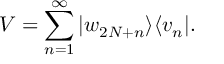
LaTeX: V = \sum _ { n = 1 } ^ { \infty } | w _ { 2 N + n } \rangle \langle v _ { n } | .